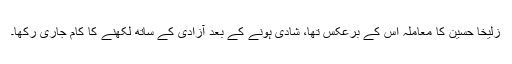
زُلیخا حُسین کا معاملہ اس کے برعکس تھا، شادی ہونے کے بعد آزادی کے ساتھ لکھنے کا کام جاری رکھا۔